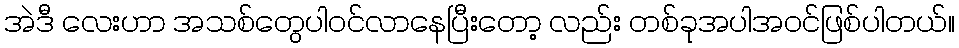
အဲဒီ လေးဟာ အသစ်တွေပါဝင်လာနေပြီးတော့ လည်း တစ်ခုအပါအဝင်ဖြစ်ပါတယ်။